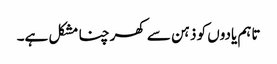
تاہم یادوں کو ذہن سے کھرچنا مشکل ہے۔